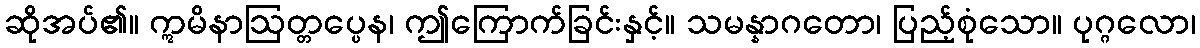
ဆိုအပ်၏။ ဣမိနာဩတ္တပ္ပေန၊ ဤကြောက်ခြင်းနှင့်။ သမန္နာဂတော၊ ပြည့်စုံသော။ ပုဂ္ဂလော၊